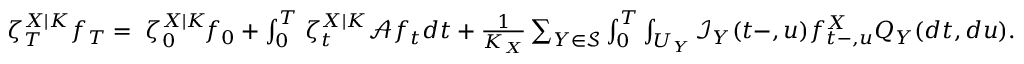
\begin{array} { r } { \angles { \zeta _ { T } ^ { X | K } } { f _ { T } } = \angles { \zeta _ { 0 } ^ { X | K } \! } { f _ { 0 } } + \int _ { 0 } ^ { T } \! \angles { \zeta _ { t } ^ { X | K } } { \mathcal { A } f _ { t } } d t + \frac { 1 } { K _ { X } } \sum _ { Y \in \mathcal { S } } \int _ { 0 } ^ { T } \int _ { U _ { Y } } \mathcal { I } _ { Y } ( t - , u ) f _ { t - , u } ^ { X } Q _ { Y } ( d t , d u ) . } \end{array}